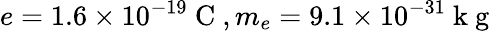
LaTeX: e=1.6\times 10^{-19}\mathrm{~C~},m_{e}=9.1\times 10^{-31}\mathrm{~k~g~}